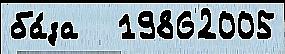
ба́за   19862005